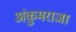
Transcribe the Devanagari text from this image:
अंकुमराजा